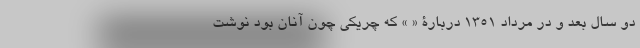
دو سال بعد و در مرداد 1351 دربارۀ « » که چریکی چون آنان بود نوشت